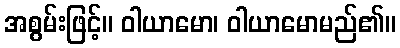
အစွမ်းဖြင့်။ ဝါယာမော၊ ဝါယာမောမည်၏။